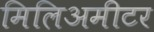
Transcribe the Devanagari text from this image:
मिलिअमीटर